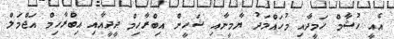
އެއީ ހުޝާމް ހަމީދާއި މުހައްމަދު ޔާމީނާއި ޝަހީން އިބްރާހިމް ދީދީއާއި އިބްރާހިމް އަޖްމަލް